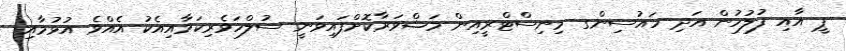
ޕީ އާއި ފުލުހުން އަދި ހައުސިންގ މިނިސްޓްރީއިން މަޝްވަރާކޮށްފައިވަނީ ސުލްހަވެރިކަމާއިއެކު އެއްވެ އުޅުމާއި